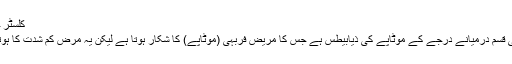
کلسٹر چہارم
چوتھی قسم درمیانے درجے کے موٹاپے کی ذیابیطس ہے جس کا مریض فربہی (موٹاپے) کا شکار ہوتا ہے لیکن یہ مرض کم شدت کا ہوتا ہے۔